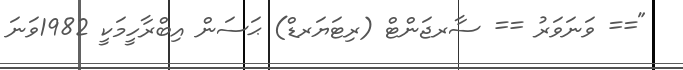
"== ވަނަވަރު == ސާރޖަންޓް (ރިޓަޔަރޑް) ޙަސަން އިބްރާހީމަކީ 1982ވަނަ